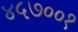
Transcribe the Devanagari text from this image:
४५७००१